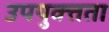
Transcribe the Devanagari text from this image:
उपयुक्‍तता